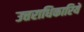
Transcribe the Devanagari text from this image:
उत्तराधिकारियें